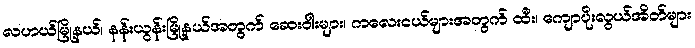
လဟယ်မြို့နယ်၊ နန်းယွန်းမြို့နယ်အတွက် ဆေးဝါးများ၊ ကလေးငယ်များအတွက် ထီး၊ ကျောပိုးလွယ်အိတ်များ